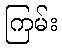
ကြမ်း